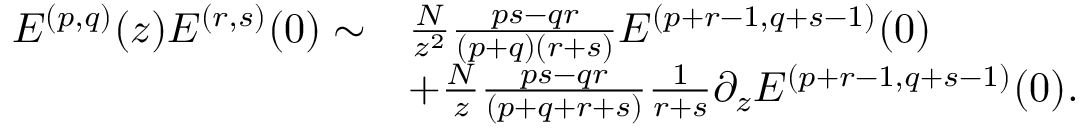
\begin{array} { r l } { E ^ { ( p , q ) } ( z ) E ^ { ( r , s ) } ( 0 ) \sim } & { \frac { N } { z ^ { 2 } } \frac { p s - q r } { ( p + q ) ( r + s ) } E ^ { ( p + r - 1 , q + s - 1 ) } ( 0 ) } \\ & { + \frac { N } { z } \frac { p s - q r } { ( p + q + r + s ) } \frac { 1 } { r + s } \partial _ { z } E ^ { ( p + r - 1 , q + s - 1 ) } ( 0 ) . } \end{array}